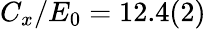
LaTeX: C_{x}/E_{0}=12.4(2)